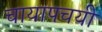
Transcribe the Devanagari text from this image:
चायापचयी